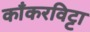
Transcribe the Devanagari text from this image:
काँकरविट्टा